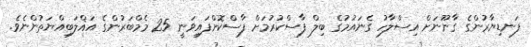
ފަނޑިޔާރުންގެ ގާނޫނަށް އިސްލާހު ގެނައުމުގެ ބިލް ފާސްކުރުމަށް ފާސްކޮށްފައިވަނީ 25 މެމްބަރުންގެ އަޣްލަބިއްޔަތުންނެވެ.